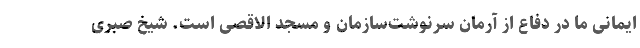
ایمانی ما در دفاع از آرمان سرنوشت‌سازمان و مسجد الاقصی است. شیخ صبری